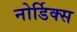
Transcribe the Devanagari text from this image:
नोर्डिक्स